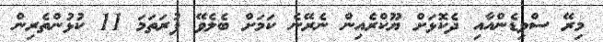
މިރޭ ސްވިޑެންއާއި ދެކޮޅަށް ޔޫކްރެއިން ނެރޭނެ ކަމަށް ބެލެވޭ ފުރަތަމަ 11 ކުޅުންތެރިން